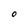
Character: O